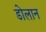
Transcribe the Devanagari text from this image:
डोलान